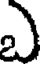
ఎ